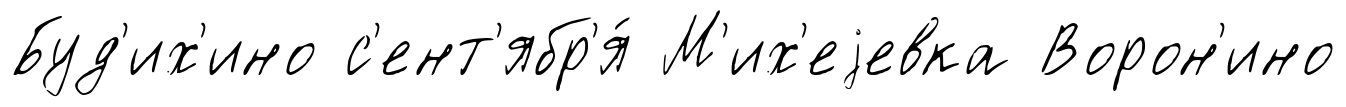
Буд'их'ино с'ент'ябр'я́ М'их'еjевка Ворон'ино